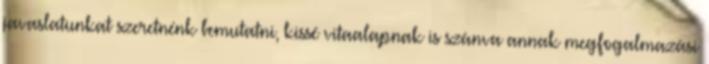
javaslatunkat szeretnénk bemutatni, kissé vitaalapnak is szánva annak megfogalmazási